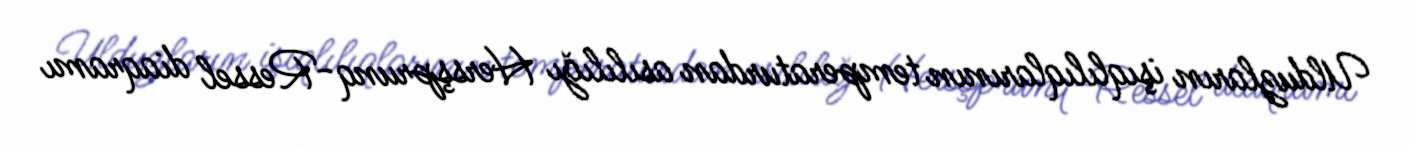
Ulduzların işıqlılıqlarının temperaturdan asılılığı Hersşprunq-Ressel diaqramı